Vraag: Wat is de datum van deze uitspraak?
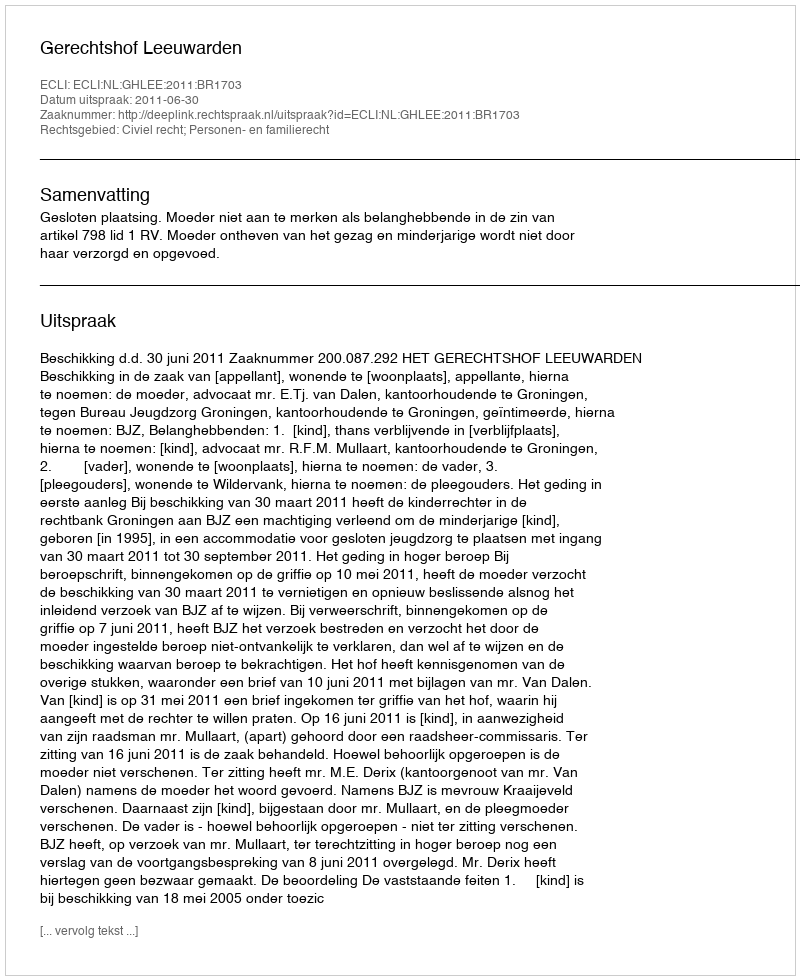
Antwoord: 2011-06-30